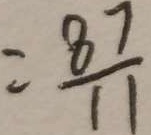
= \frac { 8 7 } { 1 1 }